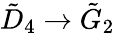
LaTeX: {\tilde{D}}_{4}\to{\tilde{G}}_{2}